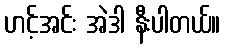
ဟင့်အင်း အဲဒါ နီးပါတယ်။